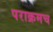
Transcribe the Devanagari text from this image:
पराक्रमच